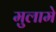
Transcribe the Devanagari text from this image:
मुलामे